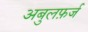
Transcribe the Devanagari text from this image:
अबुलफ़र्ज